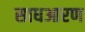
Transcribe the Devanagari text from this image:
साधआरण